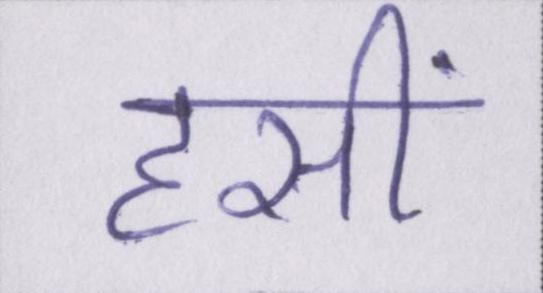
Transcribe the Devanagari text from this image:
हसीं